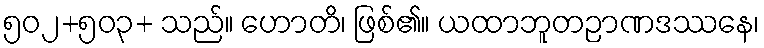
၅၀၂+၅၀၃+ သည်။ ဟောတိ၊ ဖြစ်၏။ ယထာဘူတဉာဏဒဿနေ၊